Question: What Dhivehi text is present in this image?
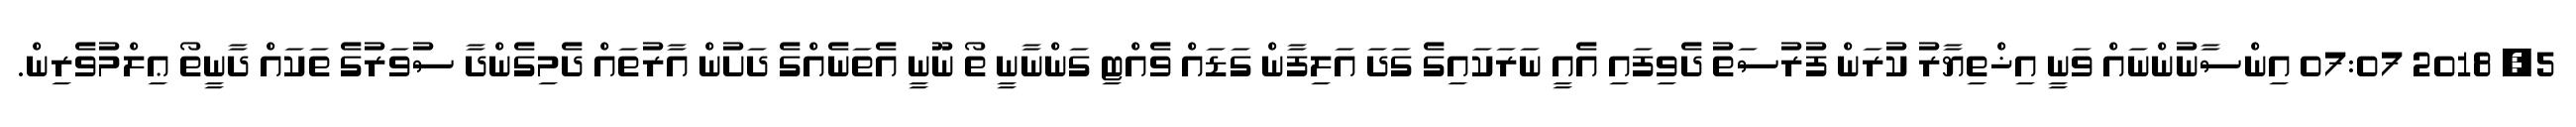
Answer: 5, 2018 07:07 އިންސާނުންނައް ވަނީ އިޚްތިޔާރު ކުރަން ފުރުސަތު ދެވިފައި އެއީ ނަރަކައިގެ ގަދަ އަލިފާން ގަޑައް ވެއްޓި ގަންނާނީ ތޯ ނޫނީ އެތަނެއްގެ ދަށުން އާރުތައް ދެމިގެންދާ ސުވަރުގެ ތަކައް ދާނީތޯ ޢިލްމުވެރިން.